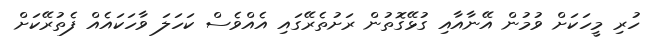
ހުރި މީހަކަށް ވުމުން އޭނާއާއި ގުޅޭގޮތުން ރަށުތެރޭގައި އެއްވެސް ކަހަލަ ވާހަކައެއް ފެތުރޭކަށް